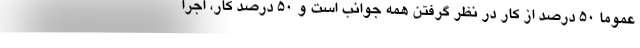
عموما ۵۰ درصد از کار در نظر گرفتن همه جوانب است و ۵۰ درصد کار، اجرا